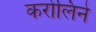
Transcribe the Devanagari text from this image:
करोलिने